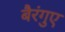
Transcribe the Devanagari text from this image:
बैरंगुए